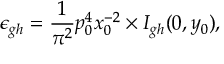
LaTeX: \epsilon _ { g h } = { \frac { 1 } { \pi ^ { 2 } } } p _ { 0 } ^ { 4 } x _ { 0 } ^ { - 2 } \times I _ { g h } ( 0 , y _ { 0 } ) ,